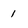
Character: 1